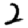
Digit: 2